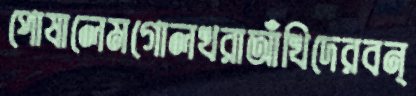
পোষালেমগোলখরাআঁখিদেরবন্